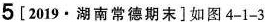
5[2019·湖南常德期末]如图4-1-3